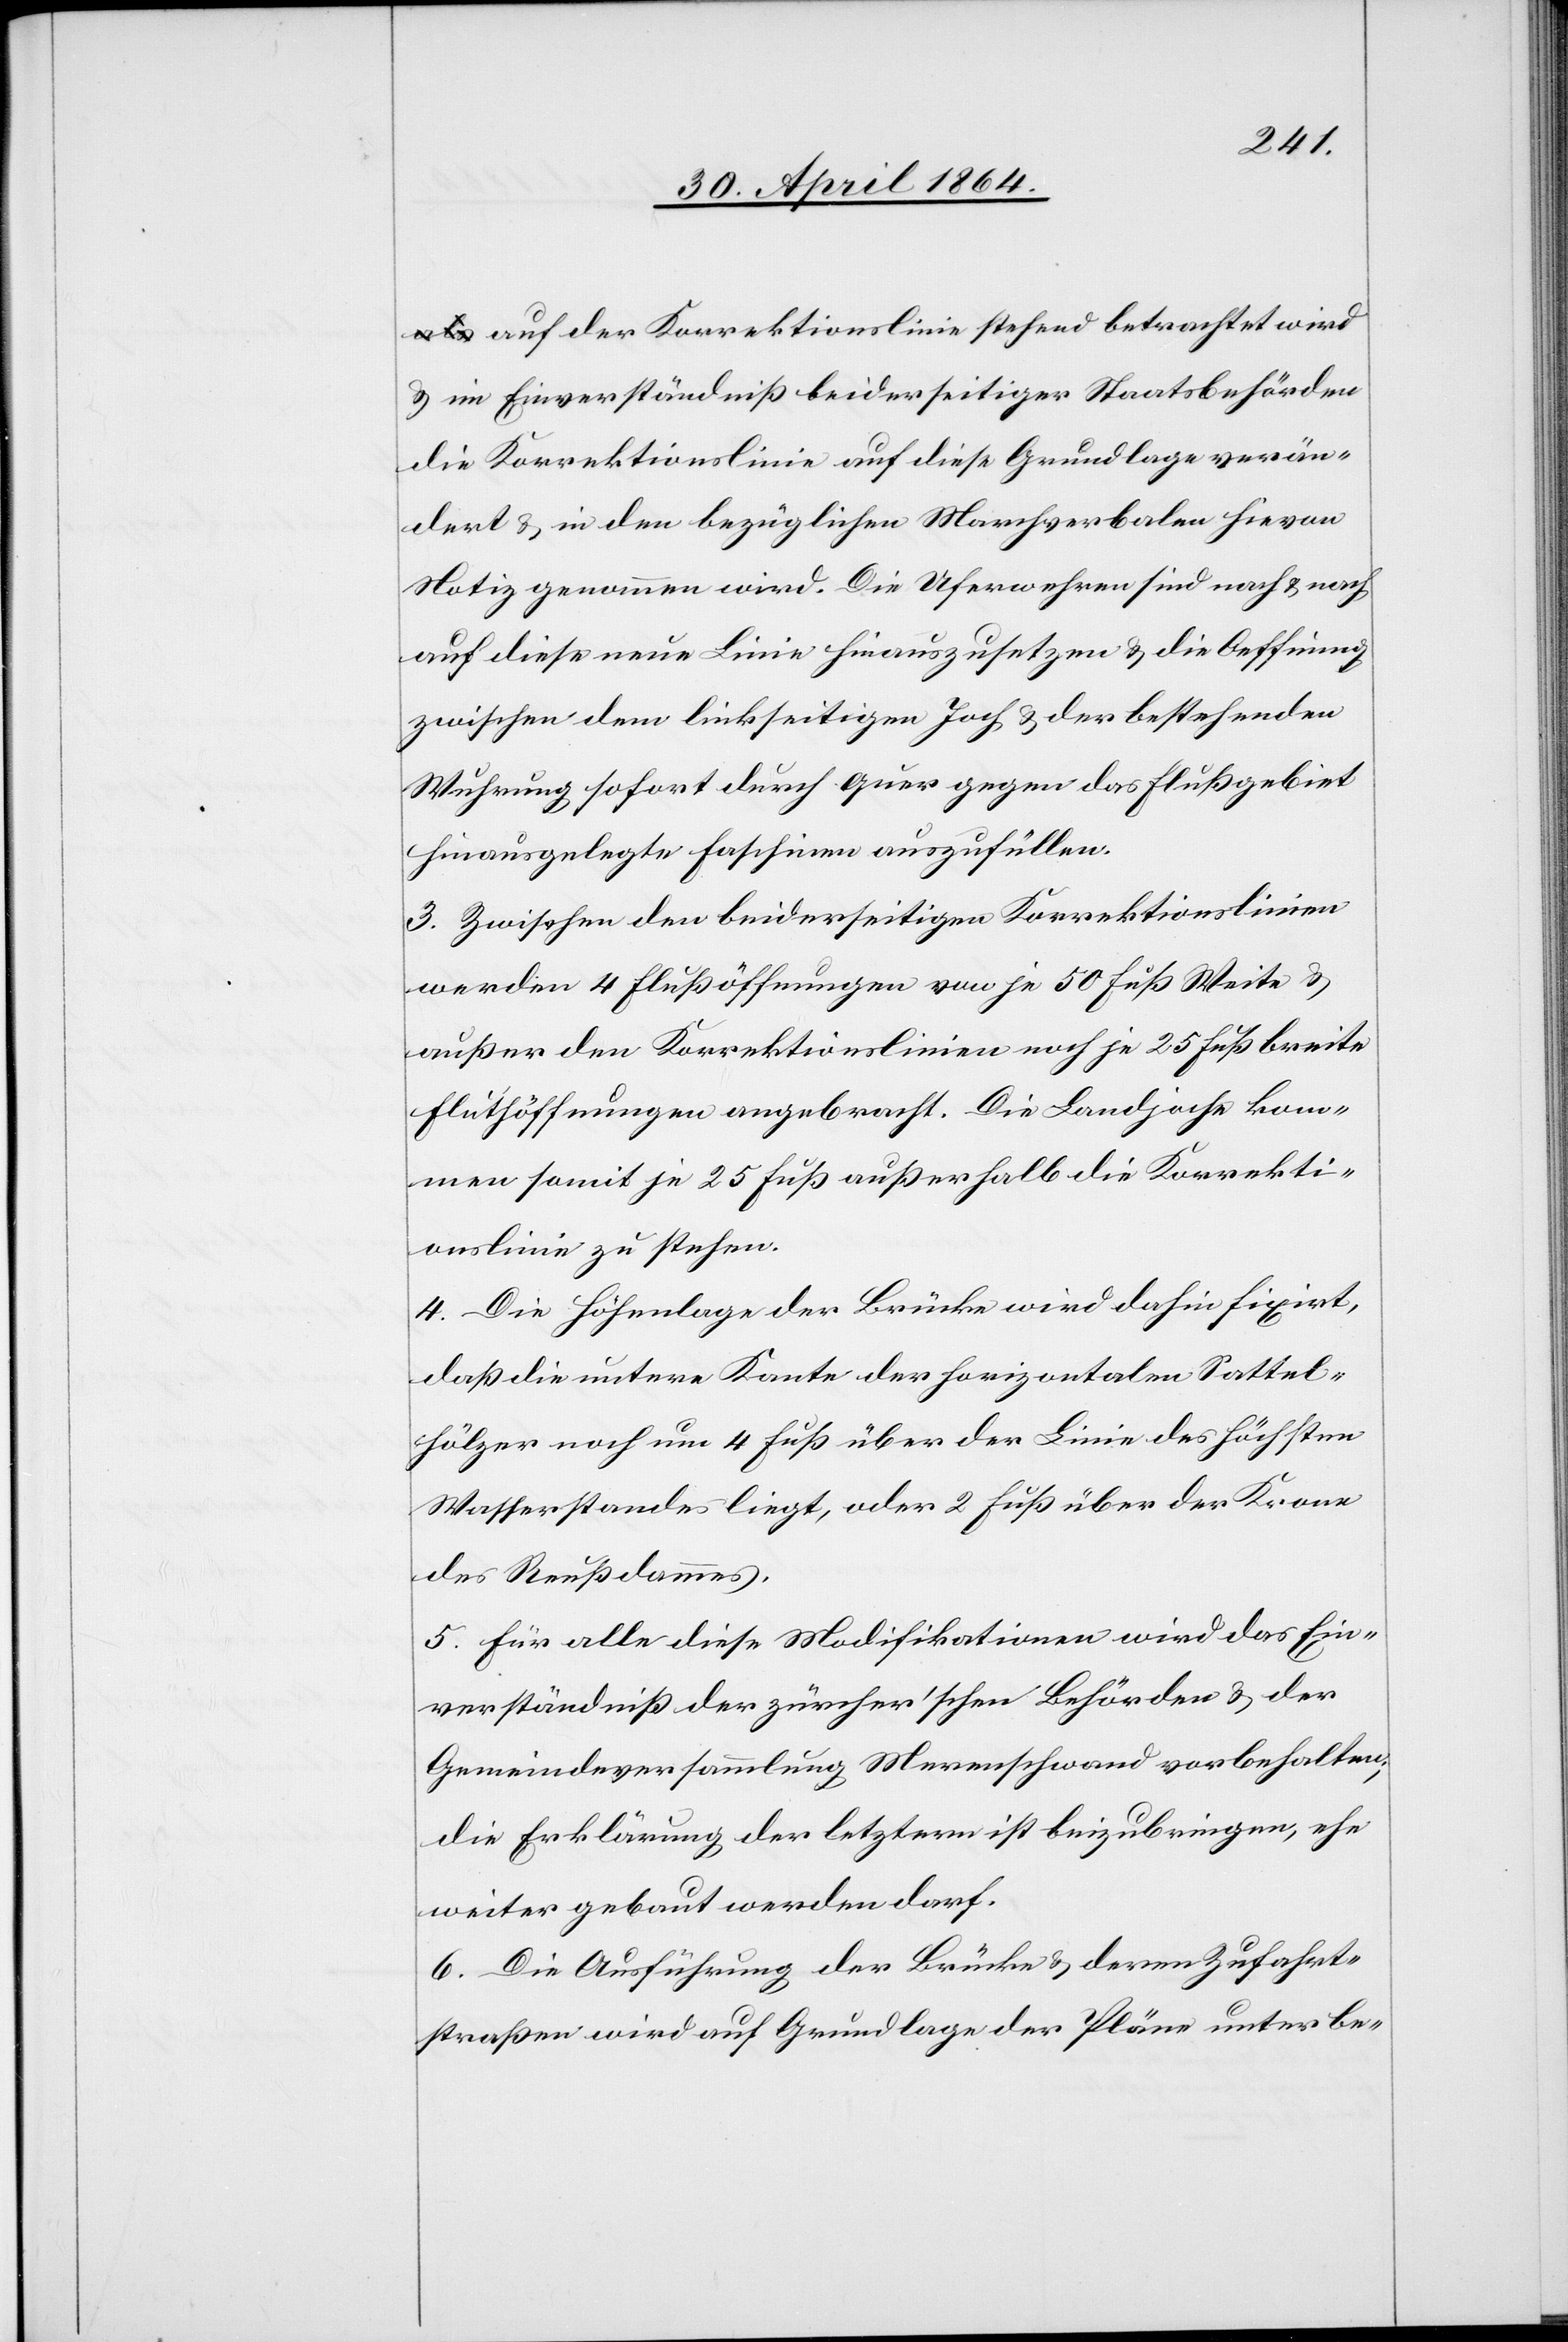
auf der Korrektionslinie stehend betrachtet wird
u. im Einverständniß beiderseitiger Staatsbehörden
die Korrektionslinie auf diese Grundlage verän¬
dert u. in den bezüglichen Marchverbalen hievon
Notiz genommen wird. Die Uferwuhren sind nach u. nach
auf diese neue Linie hinauszusetzen u. die Oeffnung
zwischen dem linkseitigen Joch u. der bestehenden
Wuhrung sofort durch quer gegen das Flußgebiet
hinausgelegte Faschinen auszufüllen.
3. Zwischen den beiderseitigen Korrektionslinien
werden 4 Flußöffnungen von je 50 Fuß Weite u.
außer den Korrektionslinien noch je 25 Fuß breite
Flutöffnungen angebracht. Die Landjoche kom¬
men somit je 25 Fuß außerhalb die Korrekti¬
onslinie zu stehen.
4. Die Höhenlage der Brücke wird dahin fixiert,
daß die untere Kante der horizontalen Sattel¬
hölzer noch um 4 Fuß über der Linie des höchsten
Wasserstandes liegt, oder 2 Fuß über der Krone
des Reußdammes.
5. Für alle diese Modifikationen wird das Ein¬
verständniß der zürcher’schen Behörden u. der
Gemeindeversammlung Merenschwand vorbehalten;
die Erklärung der letztern ist beizubringen, ehe
weiter gebaut werden darf.
6. Die Ausführung der Brücke u. deren Zufahrt¬
straßen wird auf Grundlage der Pläne unter be-